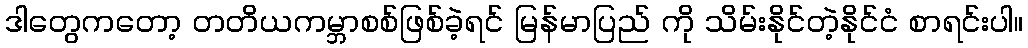
ဒါတွေကတော့ တတိယကမ္ဘာစစ်ဖြစ်ခဲ့ရင် မြန်မာပြည် ကို သိမ်းနိုင်တဲ့နိုင်ငံ စာရင်းပါ။